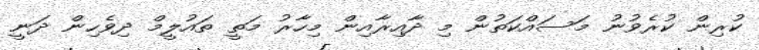
ކުރިން ކުރެވުނު މަސައްކަތުން މި ދާއިރާއިން މިހާރު މަތީ ތައުލީމް ދިވެހިން ދަނީ